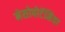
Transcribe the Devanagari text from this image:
मेसोपोटॅमिया